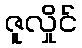
ဇူလှိုင်